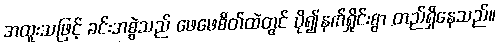
အထူးသဖြင့် ခင်းအစွဲသည် ဖေဖေစိတ်ထဲတွင် ပို၍နက်ရှိုင်းစွာ တည်ရှိနေသည်။